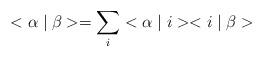
LaTeX: \begin{align*}<\alpha \mid \beta>=\sum_{i}^{}<\alpha \mid i><i \mid \beta>\end{align*}